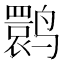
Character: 鹮